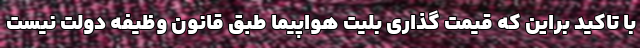
با تاکید براین که قیمت گذاری بلیت هواپیما طبق قانون وظیفه دولت نیست